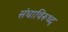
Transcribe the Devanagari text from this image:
संघाविरूध्द